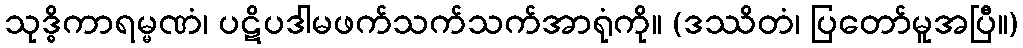
သုဒ္ဓိကာရမ္မဏံ၊ ပဋိပဒါမဖက်သက်သက်အာရုံကို။ (ဒဿိတံ၊ ပြတော်မူအပြီ။)